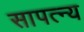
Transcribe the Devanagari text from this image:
सापत्न्य